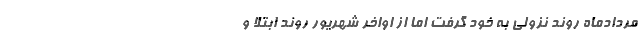
مردادماه روند نزولی به خود گرفت اما از اواخر شهریور روند ابتلا و